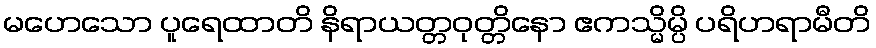
မဟေသော ပူရေထာတိ နိရာယတ္တဝုတ္တိနော ဧကသ္မိမ္ပိ ပရိဟရာမီတိ